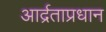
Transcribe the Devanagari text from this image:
आर्द्रताप्रधान